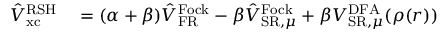
\begin{array} { r l } { \hat { V } _ { \mathrm { x c } } ^ { \mathrm { R S H } } } & { { } = ( \alpha + \beta ) \hat { V } _ { \mathrm { F R } } ^ { \mathrm { F o c k } } - \beta \hat { V } _ { \mathrm { S R } , \mu } ^ { \mathrm { F o c k } } + \beta V _ { \mathrm { S R } , \mu } ^ { \mathrm { D F A } } ( \rho ( \boldsymbol { r } ) ) } \end{array}